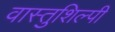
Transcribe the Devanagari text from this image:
वास्‍तुशिल्‍पी